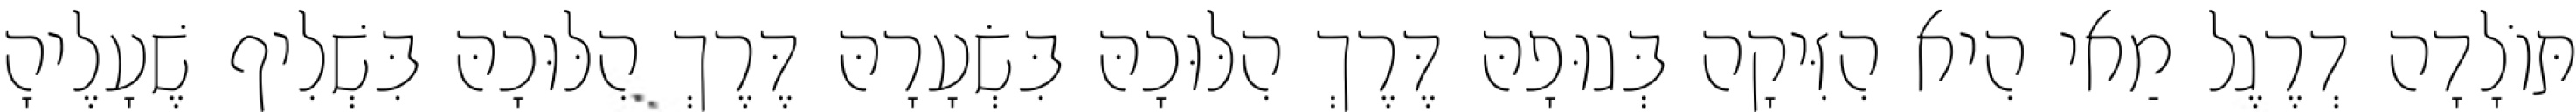
תּוֹלָדָה דְרֶגֶל מַאי הִיא הִזִּיקָה בְּגוּפָהּ דֶּרֶךְ הִלּוּכָהּ בִּשְׂעָרָהּ דֶּרֶךְ הִלּוּכָהּ בִּשְׁלִיף שֶׁעָלֶיהָ